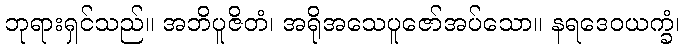
ဘုရားရှင်သည်။ အဘိပူဇိတံ၊ အရိုအသေပူဇော်အပ်သော။ နရဒေဝယက္ခံ၊